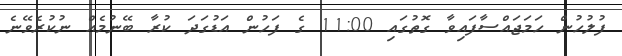
ފުލުހުން ހަމަޖައްސާފައިވާ ގޮތުގައި 11:00 ގެ ފަހުން އަޑުގަދަ ކުރާ ބޭނުމެއް ނުކުރެވޭނެ